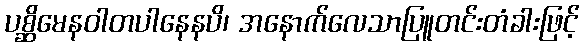
ပစ္ဆိမေနဝါတပါနေနပိ၊ အနောက်လေသာပြူတင်းတံခါးဖြင့်